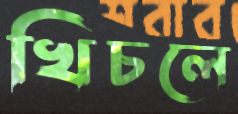
খিচলে